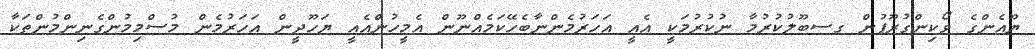
ޔޫއެންގެ ވޯކިންގުރޫޕުން ގސބޫލުކުރުމާ ނުކުރުމަކީ އެއީ އަހަރުމެންނާބެހޭކަމެއްނޫން އެމީހުންއެއީ ޔަހޫދީން އަހަރުމެން މުސްމިމުންގެނިންމުންތަކާ